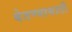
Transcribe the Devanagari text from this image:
बेतण्यासाठी